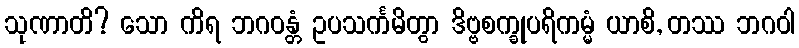
သုဏာတိ? သော ကိရ ဘဂဝန္တံ ဥပသင်္ကမိတွာ ဒိဗ္ဗစက္ခုပရိကမ္မံ ယာစိ, တဿ ဘဂဝါ